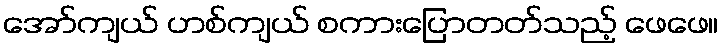
အော်ကျယ် ဟစ်ကျယ် စကားပြောတတ်သည့် ဖေဖေ။